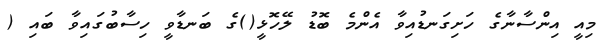
މިއީ އިންސާނާގެ ހަށިގަނޑުއިވާ އެންމެ ބޮޑު ލޭހޮޅީ()ގެ ބަނޑާވީ ހިސާބުގައިވާ ބައި (